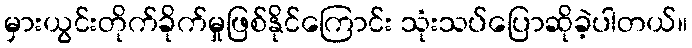
မှားယွင်းတိုက်ခိုက်မှုဖြစ်နိုင်ကြောင်း သုံးသပ်ပြောဆိုခဲ့ပါတယ်။